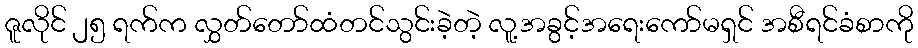
ဇူလိုင် ၂၅ ရက်က လွှတ်တော်ထံတင်သွင်းခဲ့တဲ့ လူ့အခွင့်အရေးကော်မရှင် အစီရင်ခံစာကို